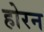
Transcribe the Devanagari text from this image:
होरन